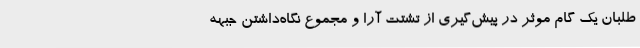
طلبان یک گام موثر در پیش‌گیری از تشتت آرا و مجموع نگاه‌داشتن جبهه